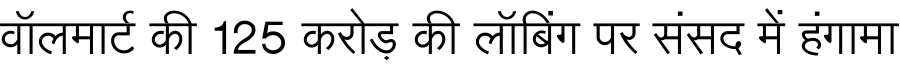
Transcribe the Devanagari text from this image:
वॉलमार्ट की 125 करोड़ की लॉबिंग पर संसद में हंगामा